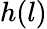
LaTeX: h(l)